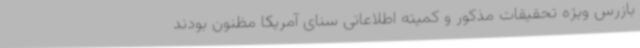
بازرس ویژه تحقیقات مذکور و کمیته اطلاعاتی سنای آمریکا مظنون بودند